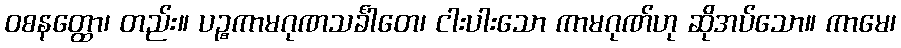
ဝစနတ္ထော၊ တည်း။ ပဉ္စကာမဂုဏသင်္ခါတေ၊ ငါးပါးသော ကာမဂုဏ်ဟု ဆိုအပ်သော။ ကာမေ၊